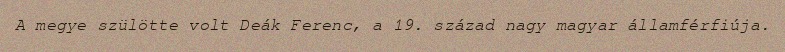
A megye szülötte volt Deák Ferenc, a 19. század nagy magyar államférfiúja.